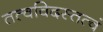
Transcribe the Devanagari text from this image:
तत्वविदस्तत्वं